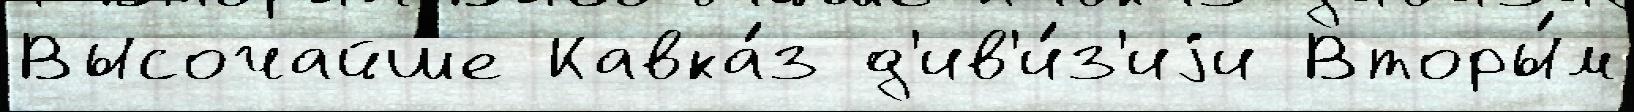
Высочайше Кавка́з д'ив'и́з'иjи Вторы́м